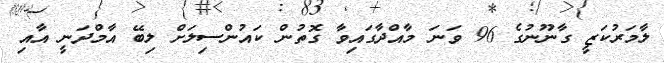
ލާމަރުކަޒީ ގާނޫނުގެ 96 ވަނަ މާއްދާގައިވާ ގޮތުން ކައުންސިލަށް ލިބޭ އާމްދަނީ އާއި